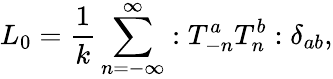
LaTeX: L_{0}=\frac{1}{k}\sum_{n=-\infty}^{\infty}:T_{-n}^{a}T_{n}^{b}:\delta_{ab},